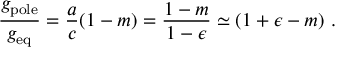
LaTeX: \frac { g _ { \mathrm { { p o l e } } } } { g _ { \mathrm { e q } } } = \frac { a } { c } ( 1 - m ) = \frac { 1 - m } { 1 - \epsilon } \simeq ( 1 + \epsilon - m ) ~ .